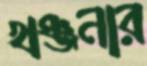
খঞ্জনার